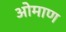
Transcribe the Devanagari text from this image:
ओमाण